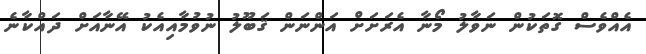
އެއްވެސް ގޮތަކުން ނަވާލު މޯނާ އެރަށަށް އަންނަން ޤަބޫލު ނުވުމާއިއެކު އޭނާއަށް ދައްކާނެ